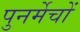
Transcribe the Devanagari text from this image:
पुनर्मेचों